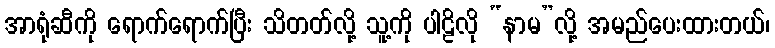
အာရုံဆီကို ရောက်ရောက်ပြီး သိတတ်လို့ သူ့ကို ပါဠိလို “နာမ”လို့ အမည်ပေးထားတယ်၊